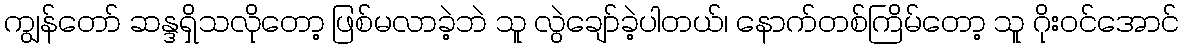
ကျွန်တော် ဆန္ဒရှိသလိုတော့ ဖြစ်မလာခဲ့ဘဲ သူ လွဲချော်ခဲ့ပါတယ်၊ နောက်တစ်ကြိမ်တော့ သူ ဂိုးဝင်အောင်